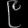
Digit: ၉